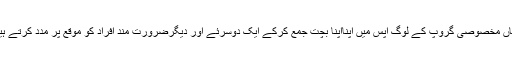
جہاں مخصوصی گروپ کے لوگ اپس میں اپنااپنا بچت جمع کرکے ایک دوسرئے اور دیگرضرورت مند افراد کو موقع پر مدد کرتے ہیں ۔